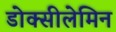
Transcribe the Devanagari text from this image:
डोक्सीलेमिन